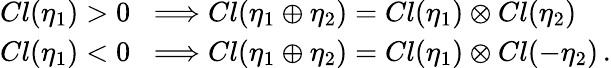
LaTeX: \begin{array}{l}{{Cl(\eta_{1})>0\; \; \Longrightarrow Cl(\eta_{1}\oplus\eta_{2})=Cl(\eta_{1})\otimes Cl(\eta_{2})}}\\ {{Cl(\eta_{1})<0\; \; \Longrightarrow Cl(\eta_{1}\oplus\eta_{2})=Cl(\eta_{1})\otimes Cl(-\eta_{2})\, .}}\end{array}